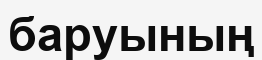
баруының